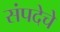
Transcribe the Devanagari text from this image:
संपदेचे